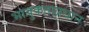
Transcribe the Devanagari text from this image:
भावुकताप्रधान